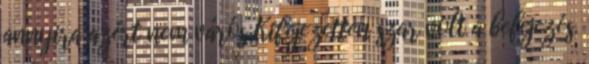
annyira azért nem várós Kifejezetten szar volt a befejezés.